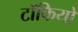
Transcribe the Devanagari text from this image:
टॉफियों